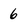
Character: 6